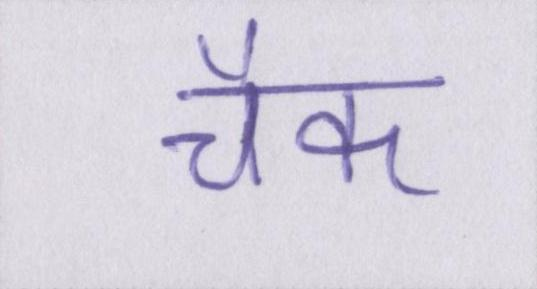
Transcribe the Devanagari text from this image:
चैक